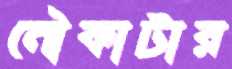
নৌকাটার